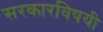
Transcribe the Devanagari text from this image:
सरकारविषयी